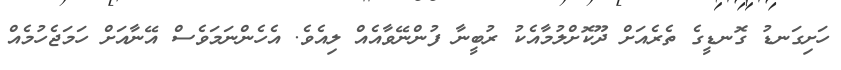
ހަށިގަނޑު ގޮނޑީގެ ތެރެއަށް ދޫކޮށްލުމާއެކު ރުބީނާ ފުންނޭވާއެއް ލިއެވެ. އެހެންނަމަވެސް އޭނާއަށް ހަމަޖެހުމެއް